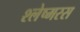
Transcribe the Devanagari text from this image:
श्लेष्मरस